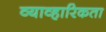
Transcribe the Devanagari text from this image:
व्याव्हारिकता